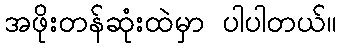
အဖိုးတန်ဆုံးထဲမှာ ပါပါတယ်။